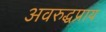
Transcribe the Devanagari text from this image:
अवरुद्धप्राय